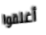
أغلقوا